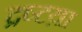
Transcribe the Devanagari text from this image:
द्रष्टय़ा